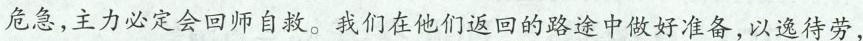
危急，主力必定会回师自救。我们在他们返回的路途中做好准备，以逸待劳，